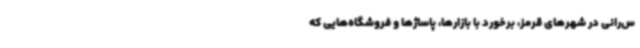
س‌رانی در شهرهای قرمز، برخورد با بازارها، پاساژها و فروشگاه‌هایی که